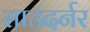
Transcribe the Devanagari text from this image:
साउदर्नर